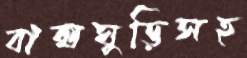
বাক্সঘুড়িসহ